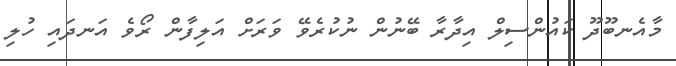
މާއެނބޫދޫ ކައުންސިލް އިދާރާ ބޭނުން ނުކުރެވޭ ވަރަށް އަލިފާން ރޯވެ އަނދައި ހުލި